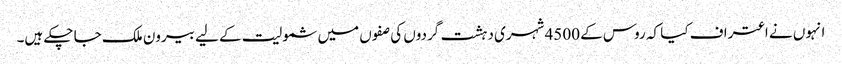
انہوں نے اعتراف کیا کہ روس کے 4500 شہری دہشت گردوں کی صفوں میں شمولیت کے لیے بیرون ملک جا چکے ہیں۔